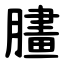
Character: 䐸